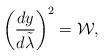
LaTeX: \begin{align*}\left({{dy}\over{d\tilde{\lambda}}}\right)^2={\cal W},\end{align*}